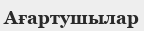
Ағартушылар